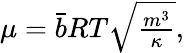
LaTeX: \begin{array}{r}{\mu=\bar{b}{RT}\sqrt{\frac{{m^{3}}}{\kappa}},}\end{array}